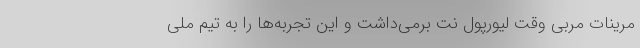
مرینات مربی وقت لیورپول نت برمی‌داشت و این تجربه‌ها را به تیم ملی